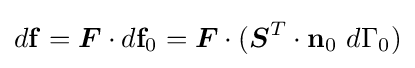
d\mathbf {f} ={\boldsymbol {F}}\cdot d\mathbf {f} _{0}={\boldsymbol {F}}\cdot ({\boldsymbol {S}}^{T}\cdot \mathbf {n} _{0}~d\Gamma _{0})